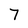
Character: 7